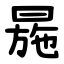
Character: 㒾